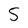
Character: 5